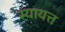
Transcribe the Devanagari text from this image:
स्यायत्त